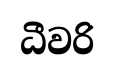
ධීවරි